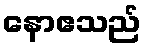
နောဧသည်